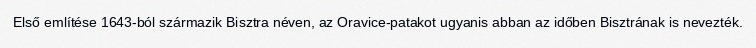
Első említése 1643-ból származik Bisztra néven, az Oravice-patakot ugyanis abban az időben Bisztrának is nevezték.